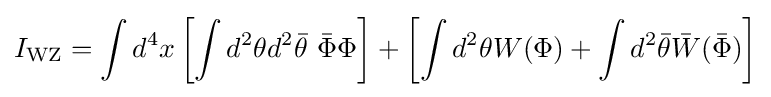
I_{\text{WZ}}=\int d^{4}x\left[\int d^{2}\theta d^{2}{\bar {\theta }}\,\,{\bar {\Phi }}\Phi \right]+\left[\int d^{2}\theta W(\Phi )+\int d^{2}{\bar {\theta }}{\bar {W}}({\bar {\Phi }})\right]